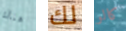
هناك لك كالو